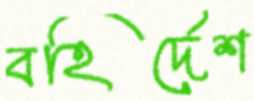
বহির্দেশ